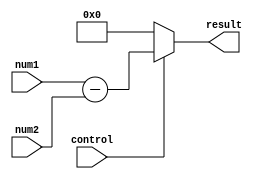
module fixed_point_subtractor(
    input signed [15:0] num1,
    input signed [15:0] num2,
    input control,
    output reg signed [15:0] result
);

always @ (num1, num2, control)
begin
    if(control == 1'b1) // subtraction operation selected
        result = num1 - num2;
    else
        result = 16'd0; // default value for result
end

endmodule